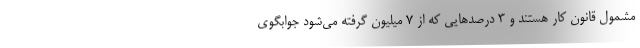
مشمول قانون کار هستند و ۳ درصدهایی که از ۷ میلیون گرفته می‌شود جوابگوی